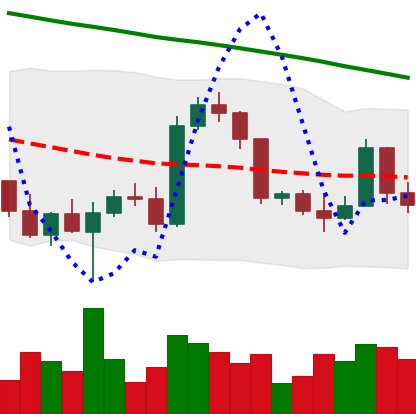
Ticker: BTC-USD
Chart end date: 2022-03-11
Forward return: 6.055%
Label: up_5_7